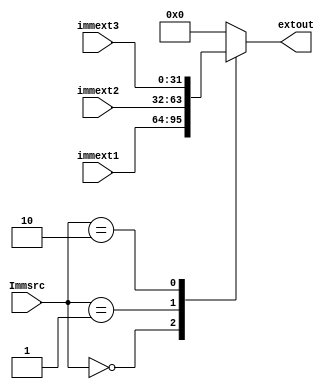
module signext (
    input [31:0] immext1,
    input [31:0] immext2,
    input [31:0] immext3,
    input [1:0] Immsrc,
    output reg [31:0] extout
);
reg [31:0] immext;
always@(*)begin 
     case (Immsrc)
        2'b00:immext=immext1;
        2'b01:immext=immext2;
        2'b10:immext=immext3; 
        default: immext=0;
    endcase
   extout=immext;
end
endmodule //signext